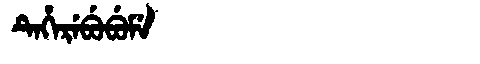
Manchu: ᡨᡝᡥᡝᡵᡝᠪᡠᠪᡠᠮᡝ
Romanization: TEHEREBUBUME